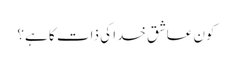
کون عاشق خدا کی ذات کا ہے؟